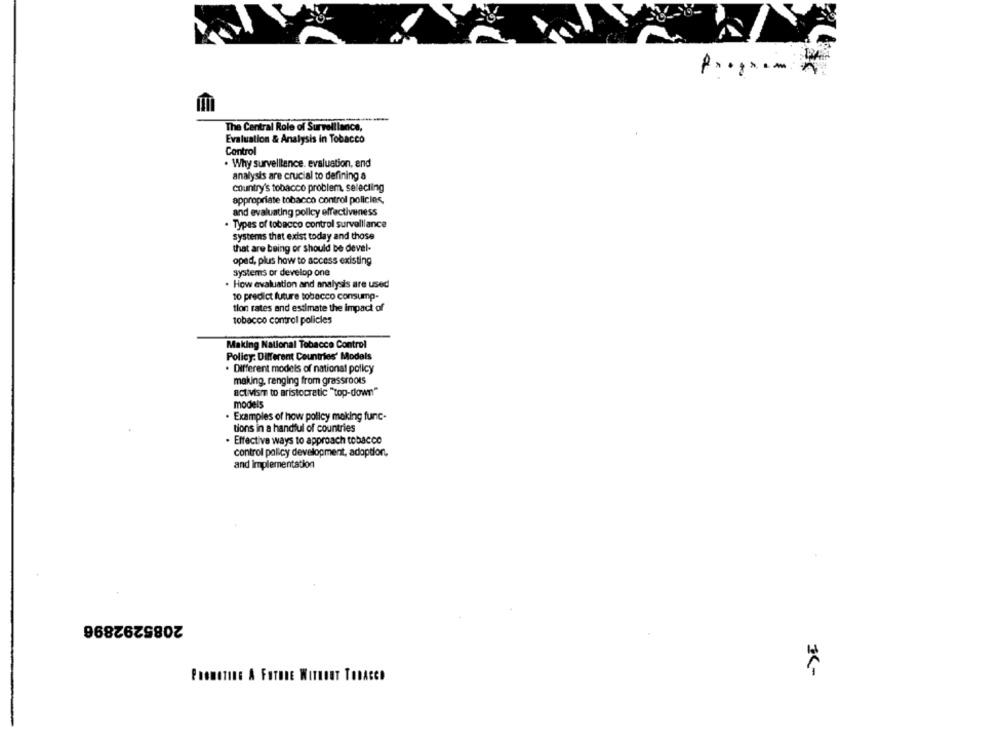
The Central Role of Surveillance,
Evaluation & Analysis in Tobacco
Control
. Why survelllence. evaluation, and
analysis are crucial to defining a
country's tobacco problem, selecting
appropriate tobacco control policies,
and evaluating policy effectiveness
. Types of tobacco control surveillance
systems that exist today and those
that are being or should be devel-
opad, plus how to access existing
Systems or develop one
. How evaluation and analysis are used
to predict future tobacco consump-
tlon rates and estimate the impact of
tobacco control policies
Making National Tobacco Control
Policy: Different Countries' Models
. Different models of national policy
making, ranging from grassroots
activism to aristocratic "top-down"
models
Examples of how policy making func-
tions in a handful of countries
. Effective ways to approach tobacco
control policy development, adoption,
and implementation
2085292896
3 <-
PROMOTING A FOTODE WITHOUT TODACCD